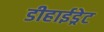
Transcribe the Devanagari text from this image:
डीहाईड्रेट